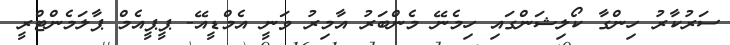
ސަރުކާރު ހިންގާ ކޯލިޝަންގައި ހިމެނޭ މެންބަރު އާމިރު ވަނީ އެމްޑީއޭ- ޕީޕީއެމް ޕާލަމެންޓްރީ